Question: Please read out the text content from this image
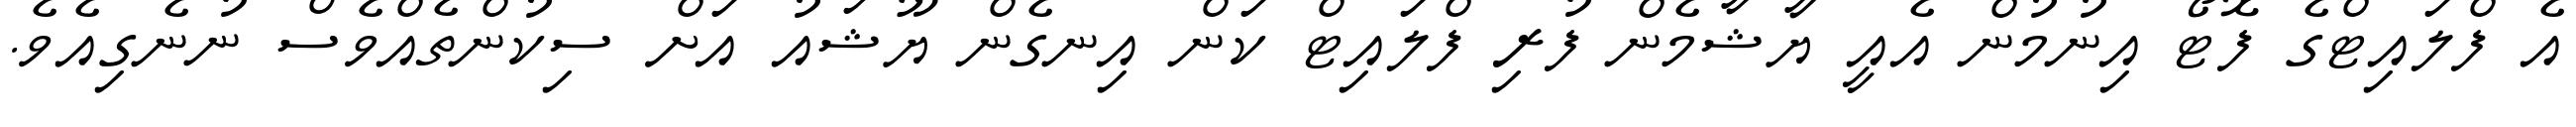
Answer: އެ ފްލައިޓްގެ ފޮޓޯ އިނުމުން އެއީ ޔާޝާމެން ފުރި ފްލައިޓް ކަން އިނގެން ޔޫޝައު އަށް ސިކުންތެއްވެސް ނުނެގިއެވެ.